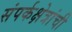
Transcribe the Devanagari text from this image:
संपर्कक्षेत्रांची